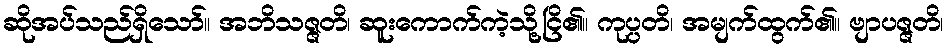
ဆိုအပ်သည်ရှိသော်။ အဘိသဇ္ဇတိ၊ ဆူးကောက်ကဲ့သို့ငြိ၏။ ကုပ္ပတိ၊ အမျက်ထွက်၏။ ဗျာပဇ္ဇတိ၊